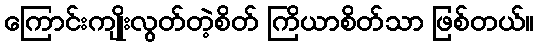
ကြောင်းကျိုးလွတ်တဲ့စိတ် ကြိယာစိတ်သာ ဖြစ်တယ်။